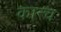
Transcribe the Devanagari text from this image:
कान्च